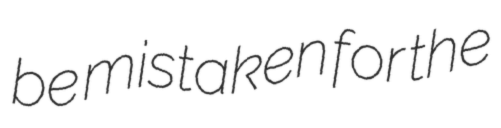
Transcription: be mistaken for the